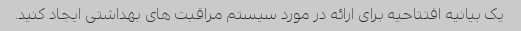
یک بیانیه افتتاحیه برای ارائه در مورد سیستم مراقبت های بهداشتی ایجاد کنید.